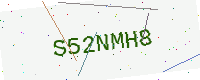
Text: S52NMH8